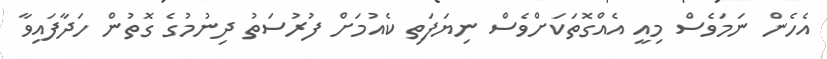
އެހެން ނަމަވެސް މިއީ އެއްގޮތަކަށްވެސް ނިޔަފަތި ކެއުމަށް ފުރުސަތު ދިނުމުގެ ގޮތުން ހަދާފައިވާ